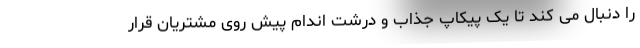
را دنبال می کند تا یک پیکاپ جذاب و درشت اندام پیش روی مشتریان قرار